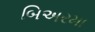
બિઅરમા